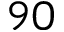
9 0